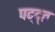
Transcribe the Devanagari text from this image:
पद्द्त